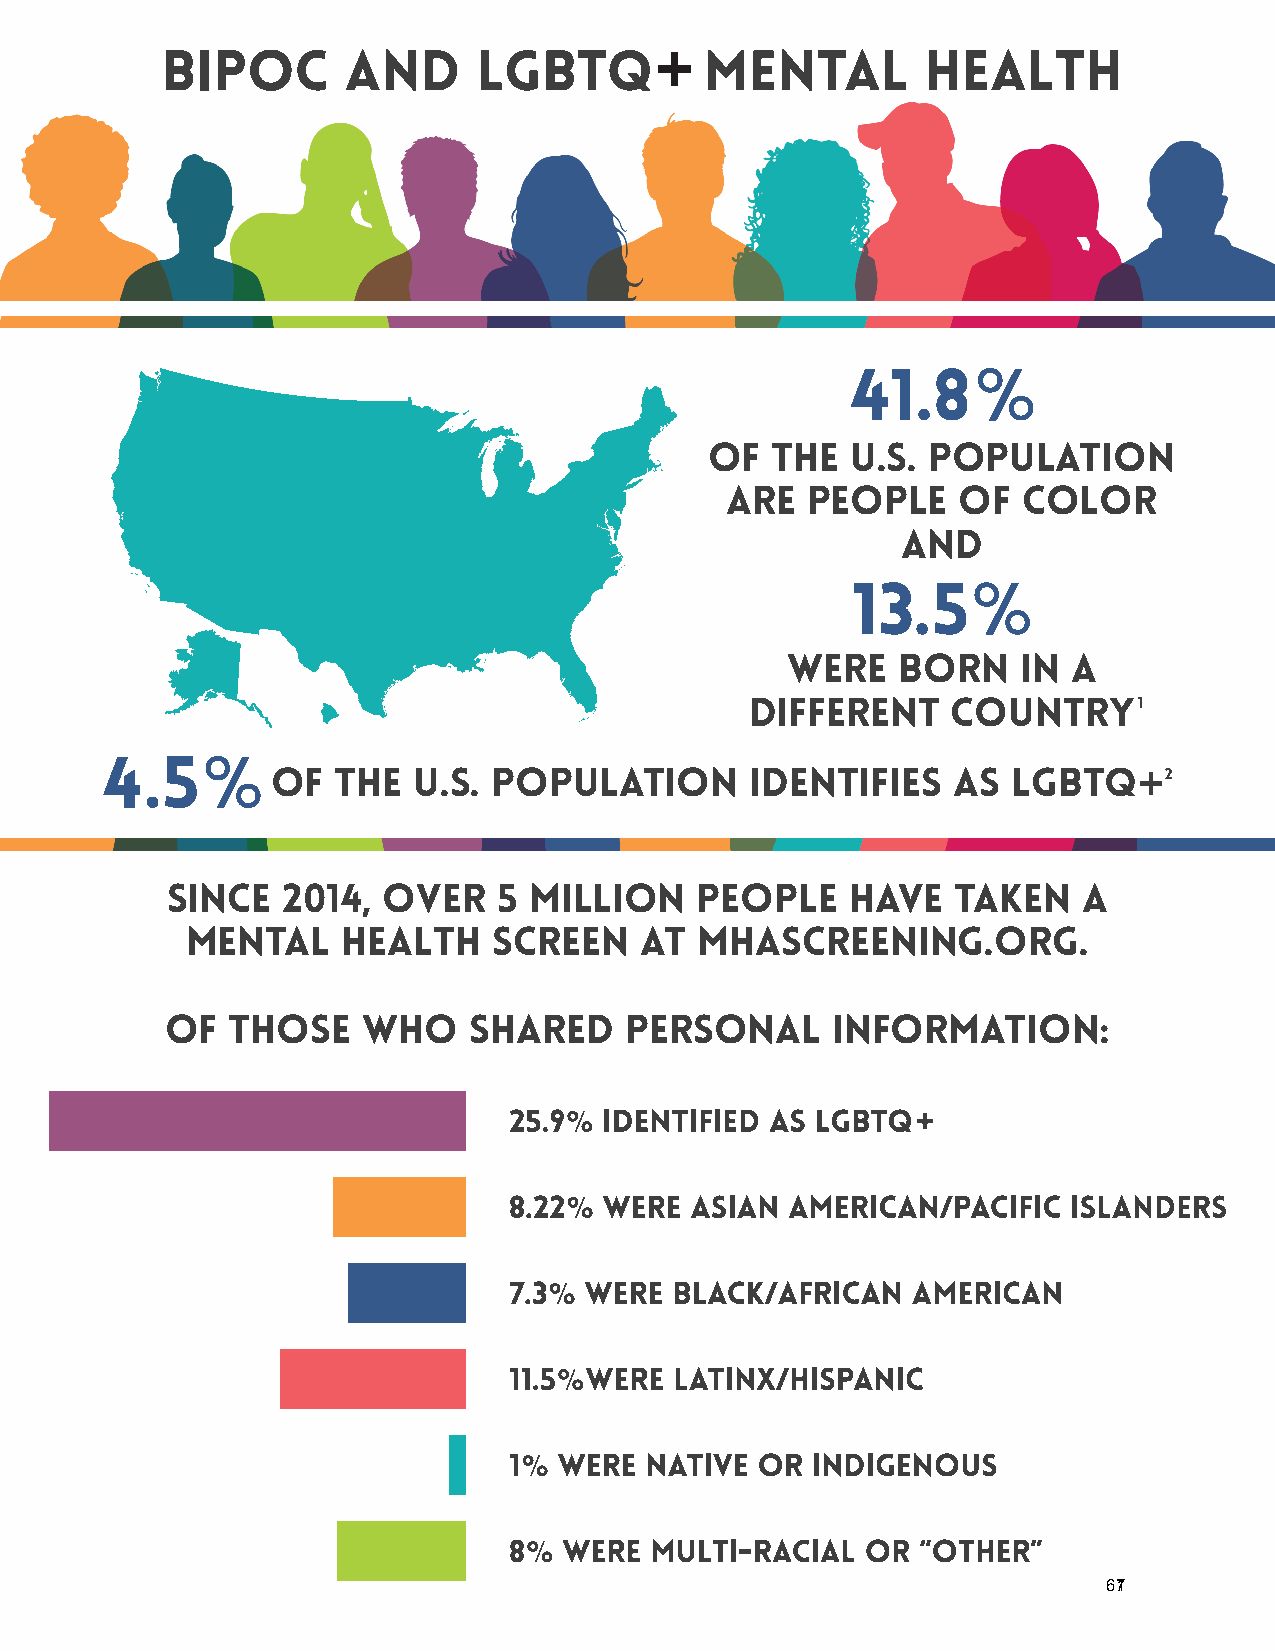
of  the  U.S.  population
 are  people     of  color
 and
 were   born     in a
 different    country
 OF  THE  U.S.  POPULATION       IDENTIFIES   AS  LGBTQ
 since   2014, over    5 million    people    have   taken    a
 mental     health    screen   at  mhascreening.org.
 of  those    who    shared    personal      information:
 671